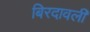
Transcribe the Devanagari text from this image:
बिरदावली